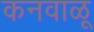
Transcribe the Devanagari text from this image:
कनवाळू